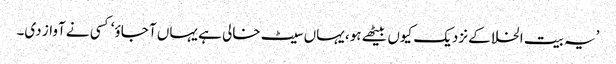
’یہ بیت الخلا کے نزدیک کیوں بیٹھے ہو، یہاں سیٹ خالی ہے یہاں آ جاؤ‘ کسی نے آواز دی۔